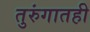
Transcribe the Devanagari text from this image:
तुरुंगातही